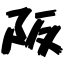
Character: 阪